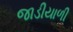
જાડીયાળી